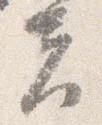
夫